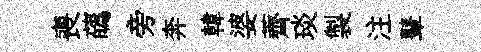
喪蘤旁奔韓婆薺琰製注鼙